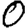
Digit: 0